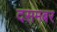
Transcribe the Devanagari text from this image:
दसमबर